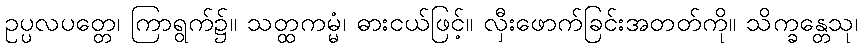
ဥပ္ပလပတ္တေ၊ ကြာရွက်၌။ သတ္ထကမ္မံ၊ ဓားငယ်ဖြင့်။ လှီးဖောက်ခြင်းအတတ်ကို။ သိက္ခန္တေသု၊